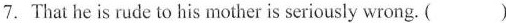
7.That he is rude to his mother is seriously wrong. ( )